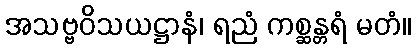
အသဗ္ဗဝိသယဋ္ဌာနံ၊ ရညံ ကစ္ဆန္တရံ မတံ။